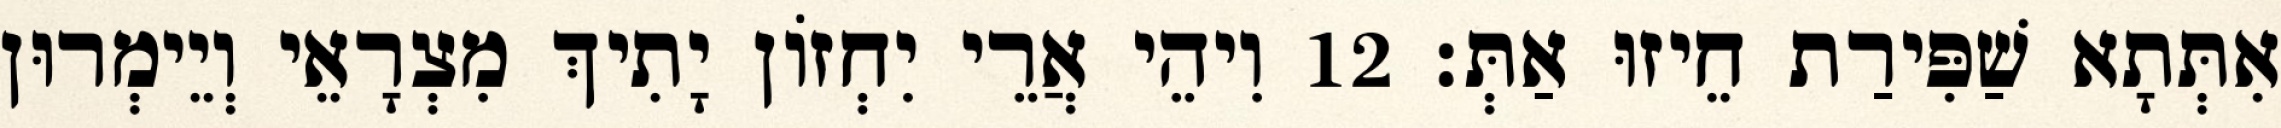
אִתְּתָא שַׁפִּירַת חֵיזוּ אַתְּ׃ 12 וִיהֵי אֲרֵי יִחְזוֹן יָתִיךְ מִצְרָאֵי וְיֵימְרוּן